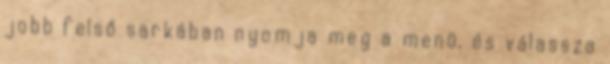
jobb felső sarkában nyomja meg a menü, és válassza